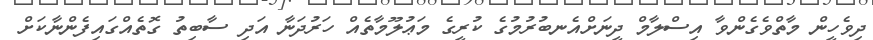
ދިވެހީން މާތްވެގެންވާ އިސްލާމް ދީނަށްއެނބުރުމުގެ ކުރީގެ މަޢުލޫމާތެއް ހަރުދަނާ އަދި ސާބިތު ގޮތެއްގައިފެންނާކަށް